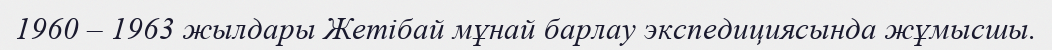
1960 – 1963 жылдары Жетібай мұнай барлау экспедициясында жұмысшы.